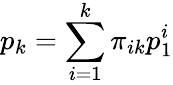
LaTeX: p_{k}=\sum_{i=1}^{k}\pi_{ik}p_{1}^{i}